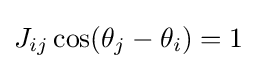
J_{ij}\cos(\theta _{j}-\theta _{i})=1